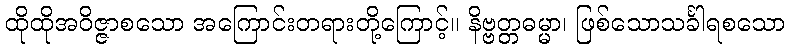
ထိုထိုအဝိဇ္ဇာစသော အကြောင်းတရားတို့ကြောင့်။ နိဗ္ဗတ္တဓမ္မာ၊ ဖြစ်သောသင်္ခါရစသော